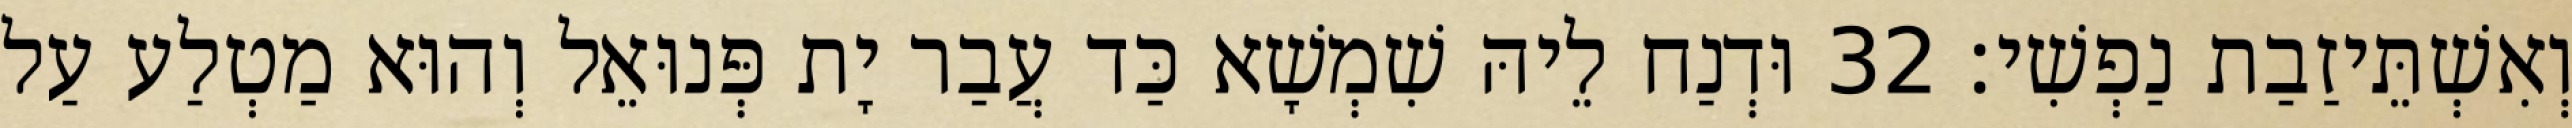
וְאִשְׁתֵּיזַבַת נַפְשִׁי׃ 32 וּדְנַח לֵיהּ שִׁמְשָׁא כַּד עֲבַר יָת פְּנוּאֵל וְהוּא מַטְלַע עַל